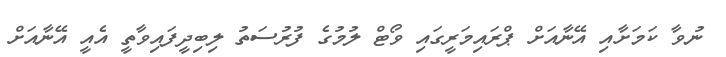
ނުވާ ކަމަށާއި އޭނާއަށް ޕްރައިމަރީގައި ވޯޓް ލުމުގެ ފުރުސަތު ލިބިދީފައިވާތީ އެއީ އޭނާއަށް